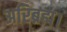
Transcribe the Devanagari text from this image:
अरिब्रह्म।